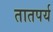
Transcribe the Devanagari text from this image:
तातपर्य